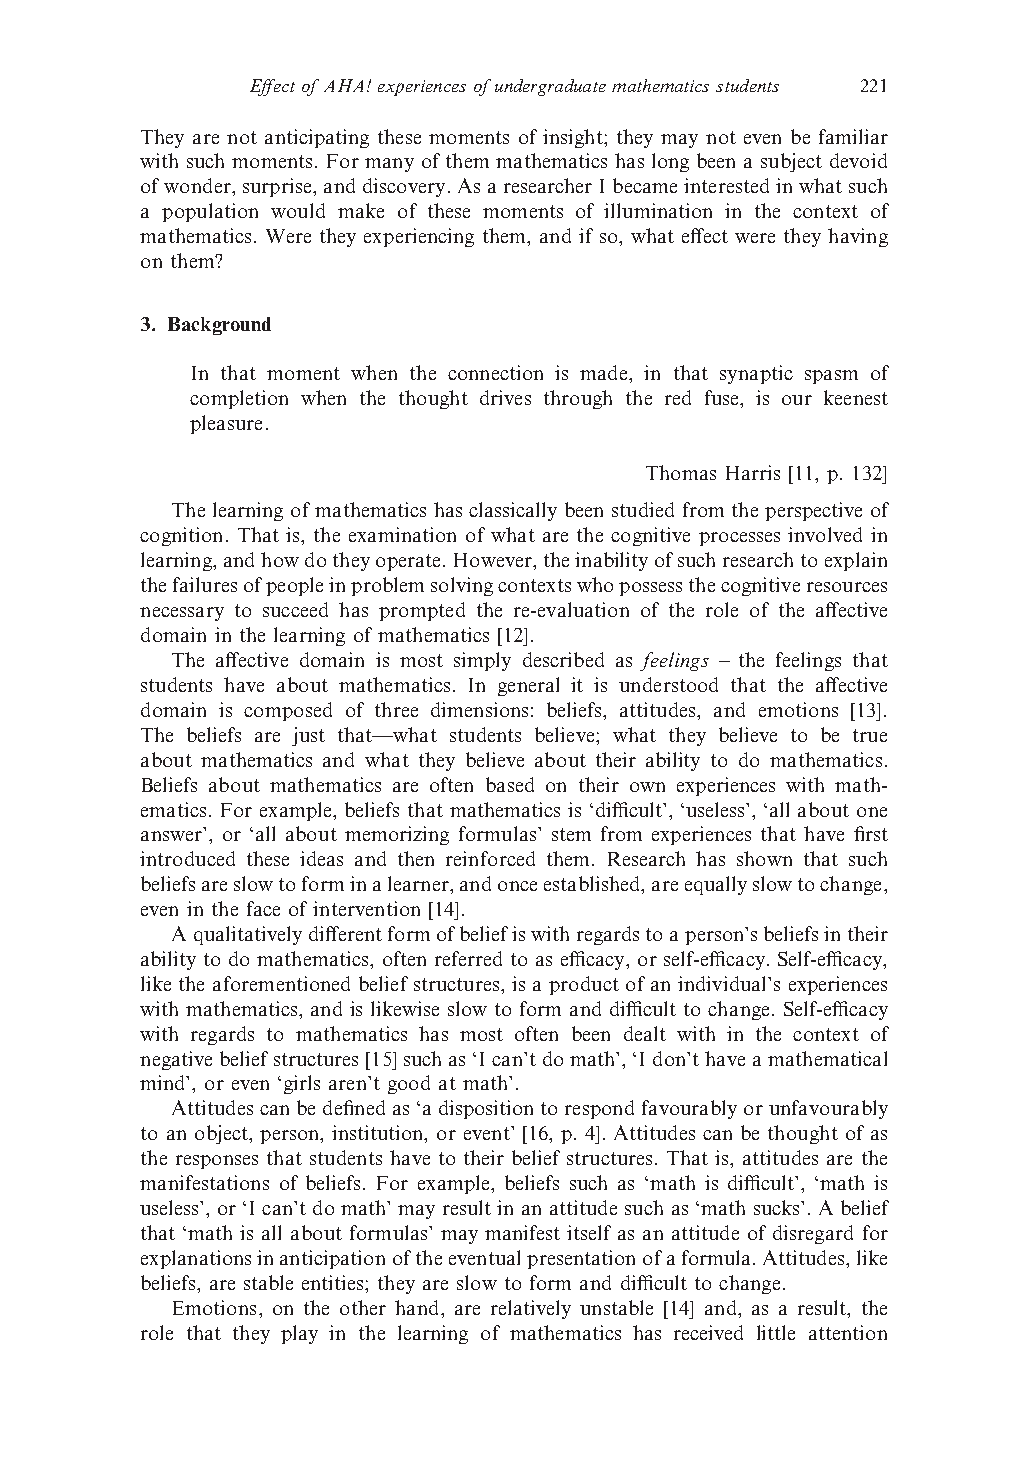
Effectof AHA! experiences ofundergraduatemathematics students 221
 They are not anticipating these moments of insight; they may not even be familiar
 with such moments. For many of them mathematics has long been a subject devoid
 ofwonder,surprise,anddiscovery.AsaresearcherIbecameinterestedinwhatsuch
 a population would make of these moments of illumination in the context of
 mathematics. Were they experiencing them, and if so, what effect were they having
 on them?
 3. Background
 In that moment when the connection is made, in that synaptic spasm of
 completion when the thought drives through the red fuse, is our keenest
 pleasure.
 Thomas Harris [11, p. 132]
 The learningof mathematicshasclassically been studiedfrom theperspective of
 cognition. That is, the examination of what are the cognitive processes involved in
 learning,andhowdotheyoperate.However,theinabilityofsuchresearchtoexplain
 thefailuresofpeopleinproblemsolvingcontextswhopossessthecognitiveresources
 necessary to succeed has prompted the re-evaluation of the role of the affective
 domain in the learning of mathematics [12].
 The affective domain is most simply described as feelings – the feelings that
 students have about mathematics. In general it is understood that the affective
 domain is composed of three dimensions: beliefs, attitudes, and emotions [13].
 The beliefs are just that—what students believe; what they believe to be true
 about mathematics and what they believe about their ability to do mathematics.
 Beliefs about mathematics are often based on their own experiences with math-
 ematics. For example, beliefs that mathematics is ‘difficult’, ‘useless’, ‘all about one
 answer’, or ‘all about memorizing formulas’ stem from experiences that have first
 introduced these ideas and then reinforced them. Research has shown that such
 beliefsareslowtoforminalearner,andonceestablished,areequallyslowtochange,
 even in the face of intervention [14].
 Aqualitativelydifferentformofbeliefiswithregardstoaperson’sbeliefsintheir
 ability to do mathematics, often referred to as efficacy, or self-efficacy. Self-efficacy,
 like the aforementioned belief structures, is a product of an individual’s experiences
 with mathematics, and is likewise slow to form and difficult to change. Self-efficacy
 with regards to mathematics has most often been dealt with in the context of
 negativebeliefstructures[15]suchas‘Ican’tdomath’,‘Idon’thaveamathematical
 mind’, or even ‘girls aren’t good at math’.
 Attitudescanbedefinedas‘adispositiontorespondfavourablyorunfavourably
 to an object, person, institution, or event’ [16, p. 4]. Attitudes can be thought of as
 the responses that students have to their belief structures. That is, attitudes are the
 manifestations of beliefs. For example, beliefs such as ‘math is difficult’, ‘math is
 useless’,or‘Ican’tdomath’mayresultinanattitudesuchas‘mathsucks’.Abelief
 that ‘math is all about formulas’ may manifest itself as an attitude of disregard for
 explanationsinanticipationoftheeventualpresentationofaformula.Attitudes,like
 beliefs, are stable entities; they are slow to form and difficult to change.
 Emotions, on the other hand, are relatively unstable [14] and, as a result, the
 role that they play in the learning of mathematics has received little attention